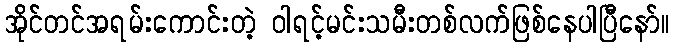
အိုင်တင်အရမ်းကောင်းတဲ့ ဝါရင့်မင်းသမီးတစ်လက်ဖြစ်နေပါပြီနော်။